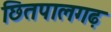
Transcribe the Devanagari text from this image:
छितपालगढ़